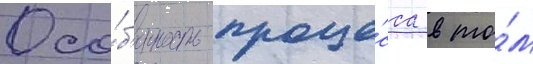
Осо́б'енность проце́сса в то́м